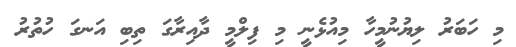
މި ހަބަރު ލިޔުނުމީހާ މިއުޅެނީ މި ފިލްމީ ދާއިރާގަ ތިބި އަނގަ ހުތުރު